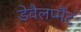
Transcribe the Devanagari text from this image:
डेवैलप्मैंट